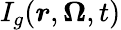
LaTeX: I_{g}(\boldsymbol{r},\boldsymbol{\Omega},t)